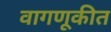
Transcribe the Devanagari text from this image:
वागणूकीत